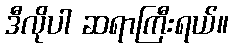
ဒီလိုပါ ဆရာကြီးရယ်။